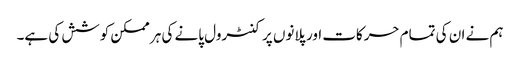
ہم نے ان کی تمام حرکات اور پلانوں پر کنٹرول پانے کی ہر ممکن کوشش کی ہے۔